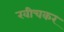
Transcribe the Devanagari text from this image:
खीचकर